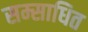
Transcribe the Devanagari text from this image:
सम्साधित